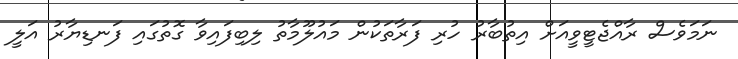
ނަމަވެސް ރާއްޖެޓީވީއަށް އިތުބާރު ހުރި ފަރާތަކުން މައުލޫމާތު ލިބިފައިވާ ގޮތުގައި ފަނޑިޔާރު އަލީ